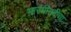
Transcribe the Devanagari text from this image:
भारंगीनदीचा